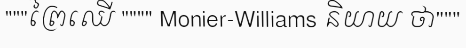
"""ព្រៃឈើ """" Monier-Williams និយាយ ថា"""